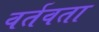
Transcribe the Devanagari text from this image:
वर्तवता